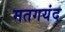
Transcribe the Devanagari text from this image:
मतगयंद